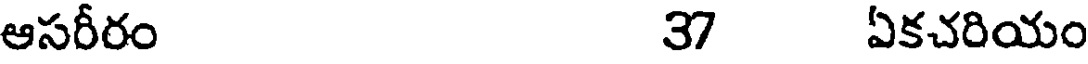
ఆసరీరం 37 ఏకచరియం